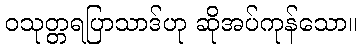
ဝသုတ္တရပြာသာဒ်ဟု ဆိုအပ်ကုန်သော။